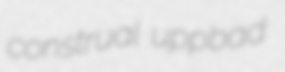
construal uppbad